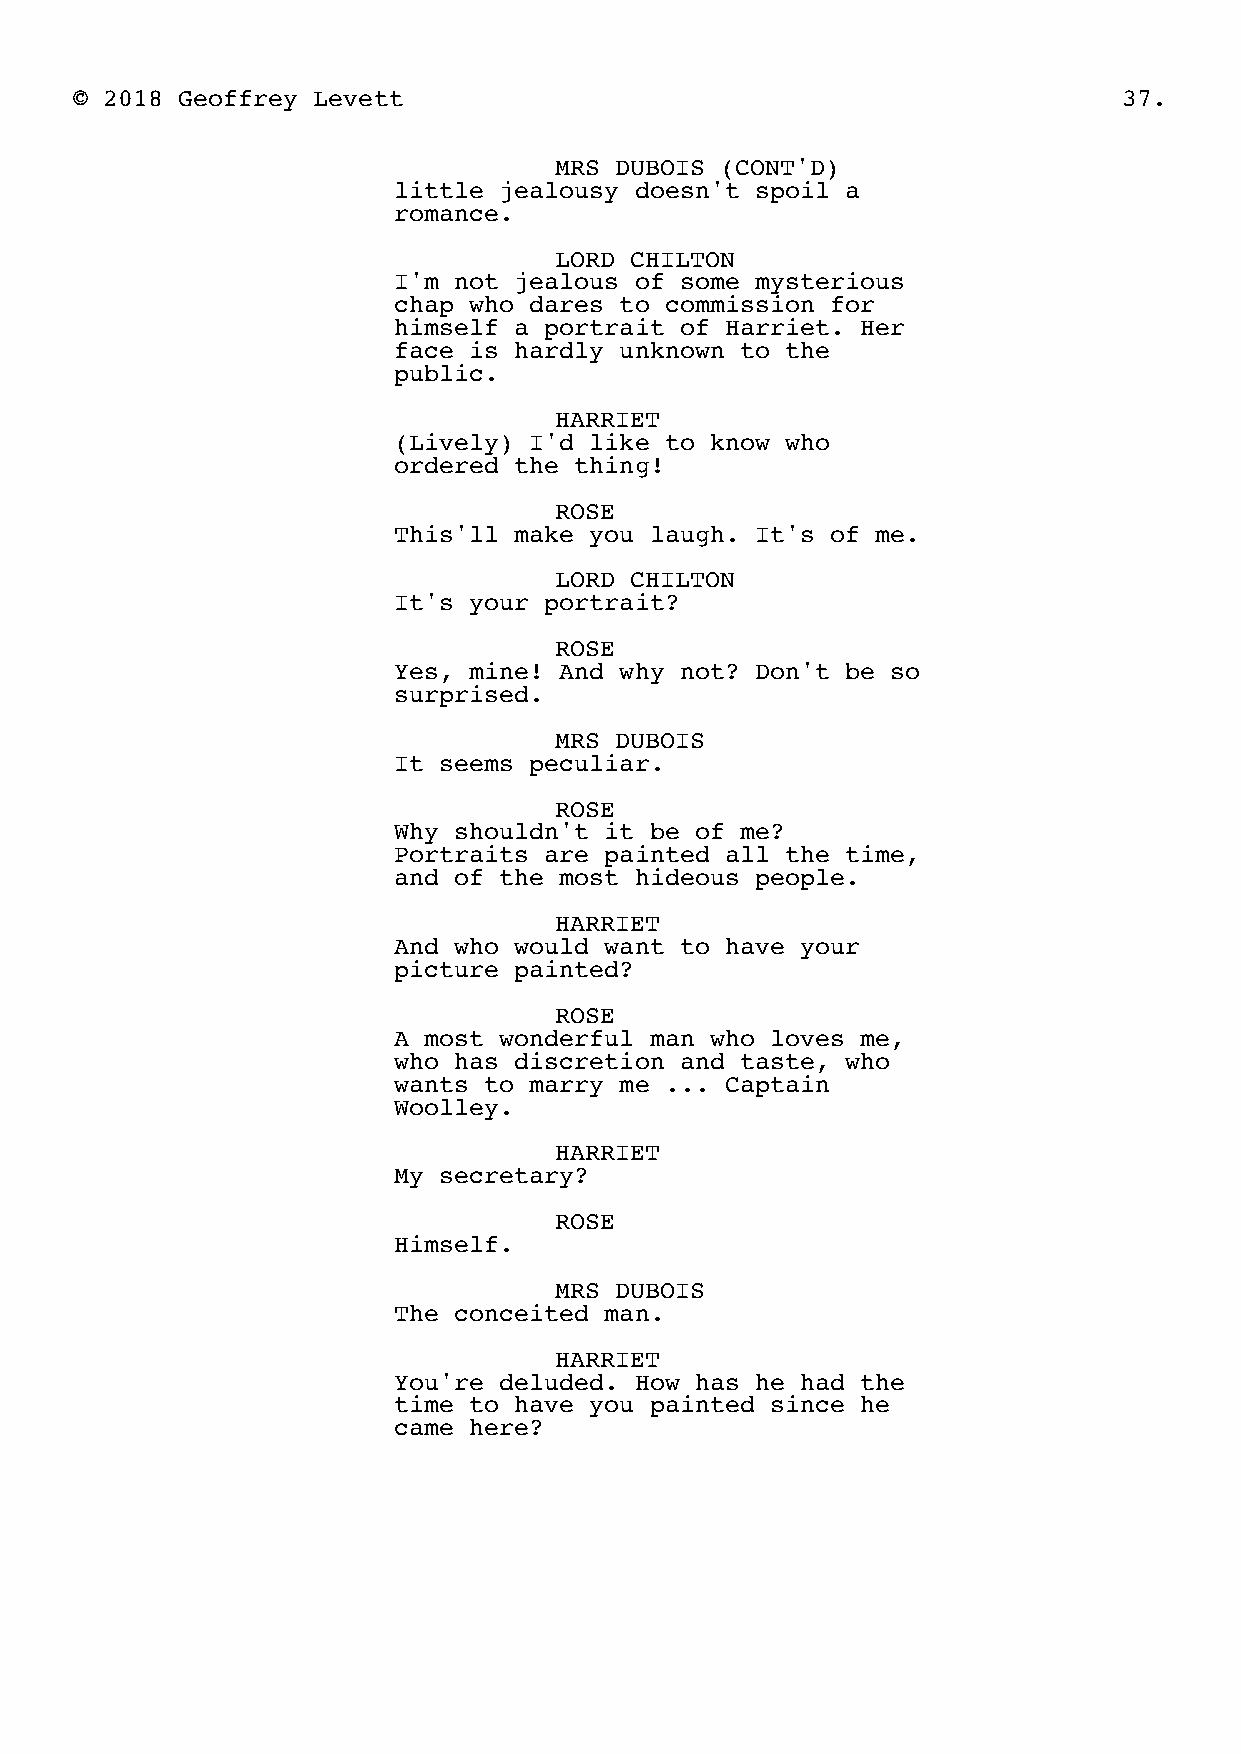
© 2018 Geoffrey Levett                                               37.
 MRS DUBOIS (CONT'D)
 little jealousy doesn't spoil a
 romance.
 LORD CHILTON
 I'm not jealous of some mysterious
 chap who dares to commission for
 himself a portrait of Harriet. Her
 face is hardly unknown to the
 public.
 HARRIET
 (Lively) I'd like to know who
 ordered the thing!
 ROSE
 This'll make you laugh. It's of me.
 LORD CHILTON
 It's your portrait?
 ROSE
 Yes, mine! And why not? Don't be so
 surprised.
 MRS DUBOIS
 It seems peculiar.
 ROSE
 Why shouldn't it be of me?
 Portraits are painted all the time,
 and of the most hideous people.
 HARRIET
 And who would want to have your
 picture painted?
 ROSE
 A most wonderful man who loves me,
 who has discretion and taste, who
 wants to marry me ... Captain
 Woolley.
 HARRIET
 My secretary?
 ROSE
 Himself.
 MRS DUBOIS
 The conceited man.
 HARRIET
 You're deluded. How has he had the
 time to have you painted since he
 came here?